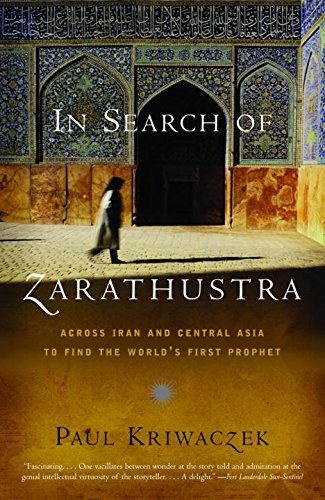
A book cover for In Search of Zarathustra: Across Iran and Central Asia to Find the World's First Prophet; Paul Kriwaczek; Religion & Spirituality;